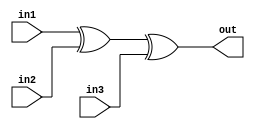
/*
    CS/ECE 552 Spring '20
    Homework #1, Problem 2

    3 input XOR
*/
module xor3 (in1,in2,in3,out);
   input in1,in2,in3;
   output out;
   assign out = in1 ^ in2 ^ in3;
endmodule